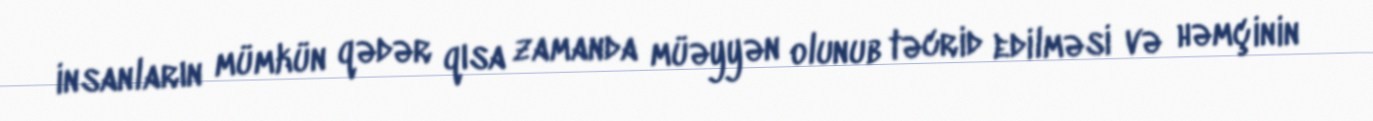
insanların mümkün qədər qısa zamanda müəyyən olunub təcrid edilməsi və həmçinin